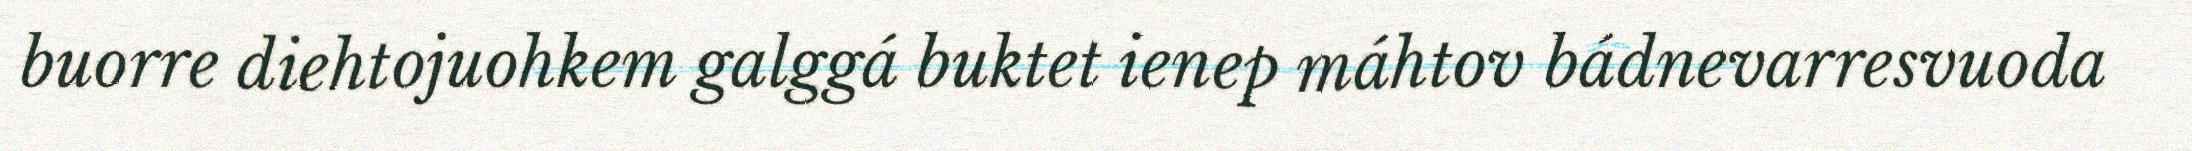
buorre diehtojuohkem galggá buktet ienep máhtov bádnevarresvuoda